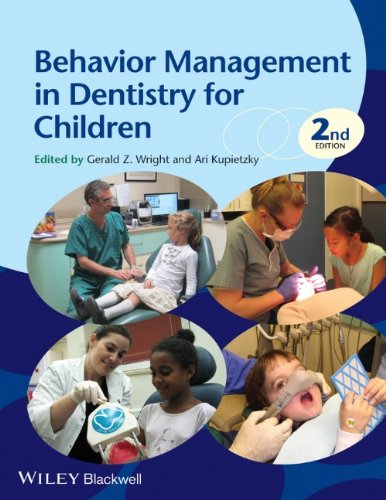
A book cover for Behavior Management in Dentistry for Children; Medical Books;